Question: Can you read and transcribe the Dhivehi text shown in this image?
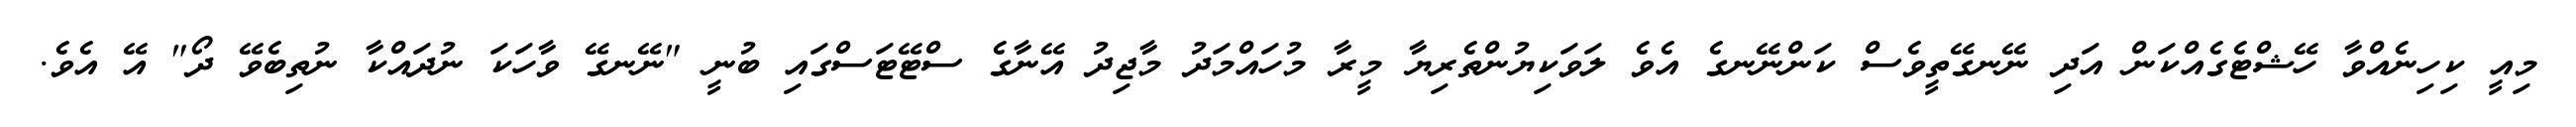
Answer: މިއީ ކިހިނެއްވާ ހޭޝްޓެގެއްކަން އަދި ނޭނގޭތީވެސް ކަންނޭނގެ އެވެ ލަވަކިޔުންތެރިޔާ މީރާ މުހައްމަދު މާޖިދު އޭނާގެ ސްޓޭޓަސްގައި ބުނީ "ނޭނގޭ ވާހަކަ ނުދައްކާ ނުތިބެވޭ ދޯ" އޭ އެވެ.